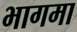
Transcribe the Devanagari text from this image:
भागमा